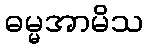
ဓမ္မအာမိသ